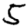
Digit: 5